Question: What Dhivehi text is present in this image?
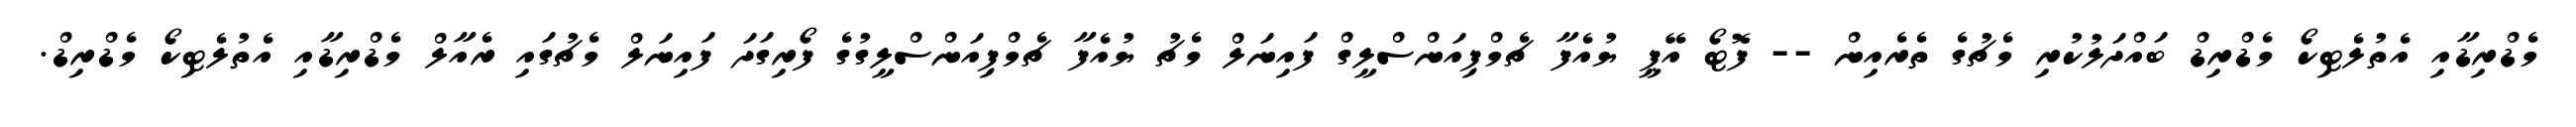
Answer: މެޑްރިޑާއި އެތުލެޓިކޯ މެޑްރިޑް ބައްދަލުކުރި މެޗުގެ ތެރެއިން -- ފޮޓޯ އޭޕީ ޔުއެފާ ޗެމްޕިއަންސްލީގް ފައިނަލް މެޗު ޔުއެފާ ޗެމްޕިއަންސްލީގުގެ ފޯރިގަދަ ފައިނަލް މެޗުގައި ރެއާލް މެޑްރިޑާއި އެތުލެޓިކޯ މެޑްރިޑް.